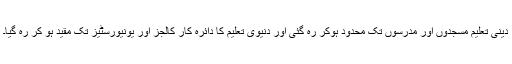
دینی تعلیم مسجدوں اور مدرسوں تک محدود ہوکر رہ گئی اور دنیوی تعلیم کا دائرہ کار کالجز اور یونیورسٹیز تک مقید ہو کر رہ گیا۔